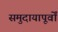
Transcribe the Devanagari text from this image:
समुदायापूर्वों